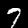
Digit: 7